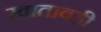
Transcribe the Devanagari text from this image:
खातावही